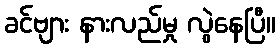
ခင်ဗျား နားလည်မှု လွဲနေပြီ။